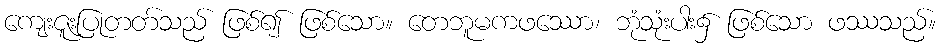
ကျေးဇူးပြုတတ်သည် ဖြစ်၍ ဖြစ်သော။ တေဘူမကဖဿော၊ ဘုံသုံးပါး၌ ဖြစ်သော ဖဿသည်။